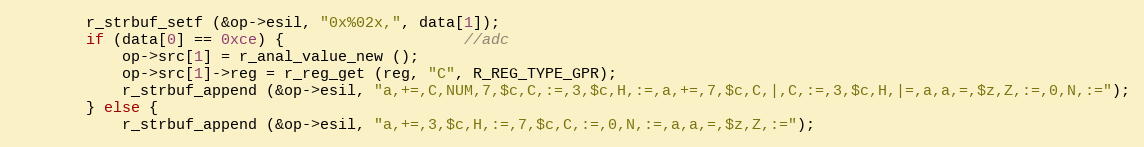
Language: C
		r_strbuf_setf (&op->esil, "0x%02x,", data[1]);
		if (data[0] == 0xce) {					//adc
			op->src[1] = r_anal_value_new ();
			op->src[1]->reg = r_reg_get (reg, "C", R_REG_TYPE_GPR);
			r_strbuf_append (&op->esil, "a,+=,C,NUM,7,$c,C,:=,3,$c,H,:=,a,+=,7,$c,C,|,C,:=,3,$c,H,|=,a,a,=,$z,Z,:=,0,N,:=");
		} else {
			r_strbuf_append (&op->esil, "a,+=,3,$c,H,:=,7,$c,C,:=,0,N,:=,a,a,=,$z,Z,:=");